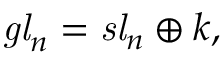
{ \mathit { g l } } _ { n } = { \mathit { s l } } _ { n } \oplus k ,